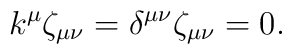
k^{\mu}\zeta_{\mu \nu}=\delta^{\mu \nu}\zeta_{\mu \nu}=0.